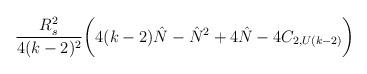
LaTeX: \begin{align*}{R_s^2\over 4(k-2)^2}\biggl(4(k-2){\hat N}-{\hat N}^2+4{\hat N}-4C_{2,U(k-2)}\biggr)\end{align*}